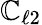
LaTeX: \mathbb{C}_{\ell2}